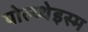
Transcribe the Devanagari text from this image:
पोल्य्थेइस्म